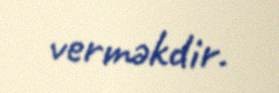
verməkdir.